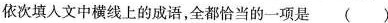
依次填入文中横线上的成语，全都恰当的一项是 ( )